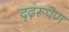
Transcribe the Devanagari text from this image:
दृढ़रूपेण